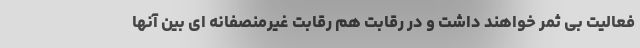
فعالیت بی ثمر خواهند داشت و در رقابت هم رقابت غیرمنصفانه ای بین آنها